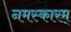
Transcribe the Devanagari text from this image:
नमस्कारम्